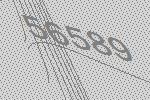
56589